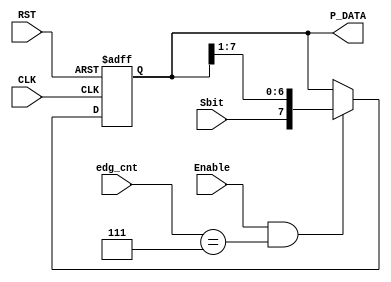
module deserializer #( parameter DATA_WIDTH = 8, COUNTER_WIDTH = 3 )
(
input   wire                        CLK,
input   wire                        RST,
input   wire                        Enable,
input   wire                        Sbit,
input   wire    [COUNTER_WIDTH-1:0] edg_cnt,  
output  reg     [DATA_WIDTH-1:0]    P_DATA
);

localparam  cnt_max = (2 ** COUNTER_WIDTH) - 1 ;

always @(posedge CLK or negedge RST)
  begin
    if(!RST)
     begin
        P_DATA <= 'b0 ;
     end
    else if(Enable && edg_cnt == cnt_max)
     begin
        P_DATA <= { Sbit, P_DATA[DATA_WIDTH-1:1] } ;
     end
  end

endmodule